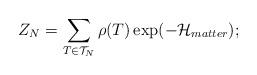
LaTeX: \begin{align*}Z_N = \sum_{T\in{\cal{T}}_N} \rho (T)\exp ( -{\cal{H}}_{matter} );\protect\end{align*}